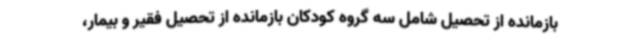
بازمانده از تحصیل شامل سه گروه کودکان بازمانده از تحصیل فقیر و بیمار،